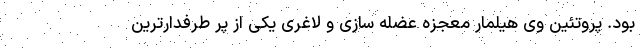
بود. پروتئین وی هیلمار معجزه عضله سازی و لاغری یکی از پر طرفدارترین